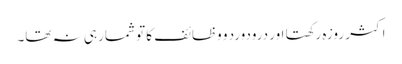
اکثر روزہ رکھتا اور درودورد و وظائف کا تو شمار ہی نہ تھا۔